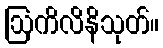
ဩကိလိနိသုတ်။